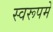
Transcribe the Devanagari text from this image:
स्वरूपमें